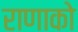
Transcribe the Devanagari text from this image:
राणाको